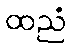
ထညံ